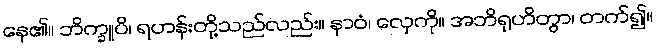
နေ၏။ ဘိက္ခူပိ၊ ရဟန်းတို့သည်လည်း။ နာဝံ၊ လှေကို။ အဘိရုဟိတွာ၊ တက်၍။